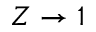
Z \rightarrow 1